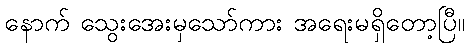
နောက် သွေးအေးမှသော်ကား အရေးမရှိတော့ပြီ။